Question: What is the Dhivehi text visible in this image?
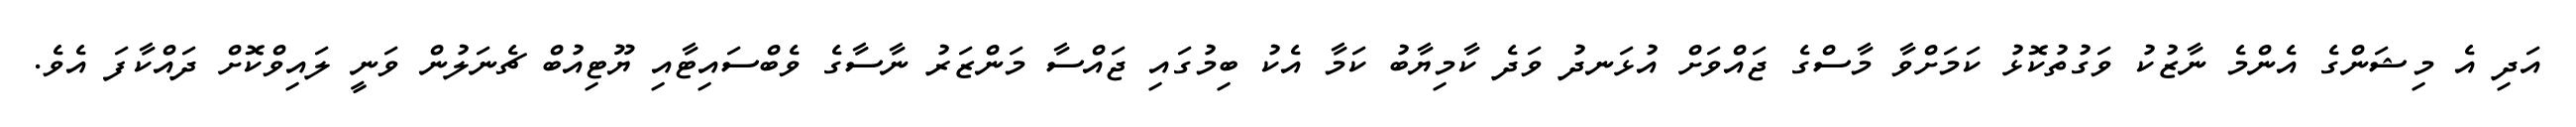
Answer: އަދި އެ މިޝަންގެ އެންމެ ނާޒުކު ވަގުތުކޮޅު ކަމަށްވާ މާސްގެ ޖައްވަށް އުޅަނދު ވަދެ ކާމިޔާބު ކަމާ އެކު ބިމުގައި ޖައްސާ މަންޒަރު ނާސާގެ ވެބްސައިޓާއި ޔޫޓިއުބް ޗެނަލުން ވަނީ ލައިވްކޮށް ދައްކާފަ އެވެ.